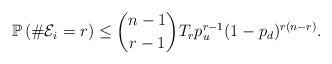
LaTeX: \begin{align*}\mathbb{P}\left(\#{\cal E}_i = r\right) \leq {n-1 \choose r-1} T_r p_u^{r-1}(1-p_d)^{r(n-r)}. \end{align*}